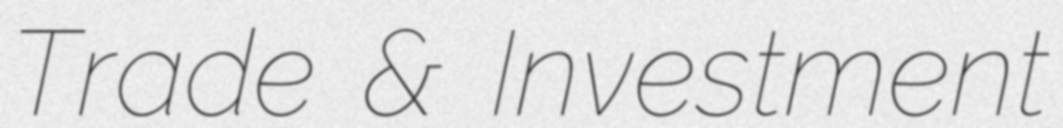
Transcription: Trade & Investment